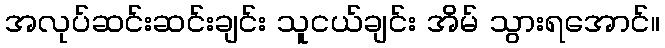
အလုပ်ဆင်းဆင်းချင်း သူငယ်ချင်း အိမ် သွားရအောင်။